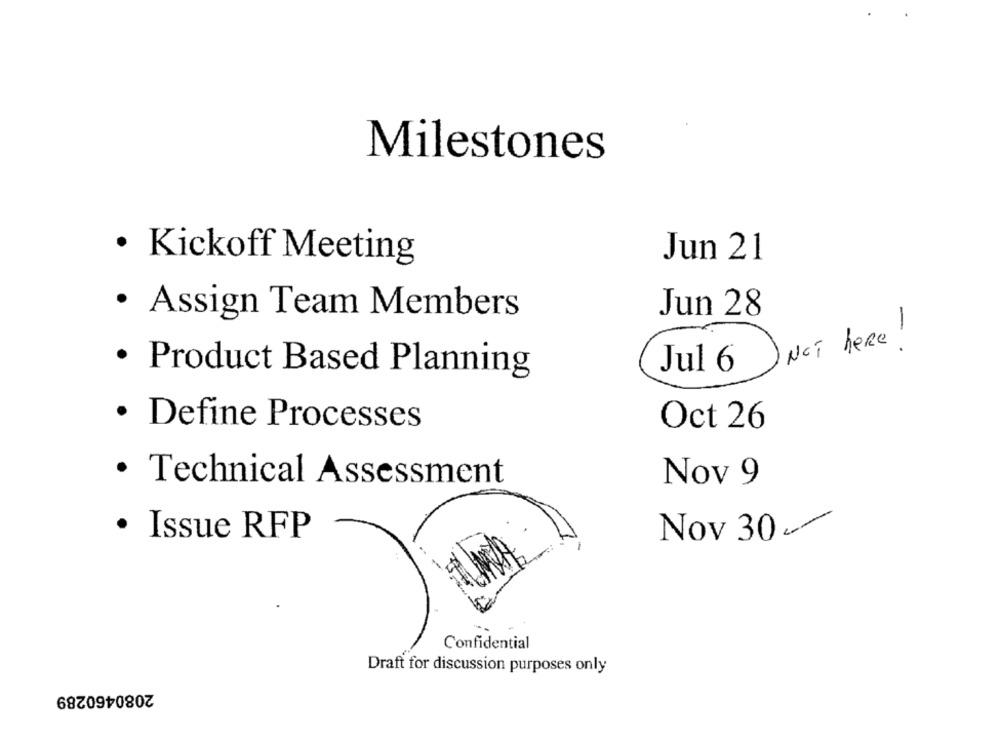
Milestones
Jun 21
· Kickoff Meeting
· Assign Team Members
Jun 28
)NOT here!
Jul 6
· Product Based Planning
Oct 26
· Define Processes
· Technical Assessment
Nov 9
Nov 30
· Issue RFP
Confidential
Draft for discussion purposes only
2080460289